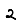
Digit: 2